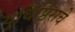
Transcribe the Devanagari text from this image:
युधिष्ठिराचे